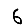
Digit: 6